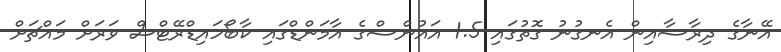
އޭނާގެ ދިރާސާއިން އެނގުނު ގޮތުގައި 1.5 އައުންސްގެ އާމަންޑްގައި ކާބޯހައިޑްރޭޓްސް ވަރަށް މައްޗަށް